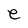
Character: e